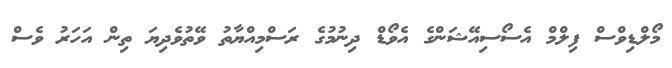
މޯލްޑިވްސް ފިލްމް އެސޯސިއޭޝަންގެ އެވޯޑް ދިނުމުގެ ރަސްމިއްޔާތު ވޭތުވެދިޔަ ތިން އަހަރު ވެސް